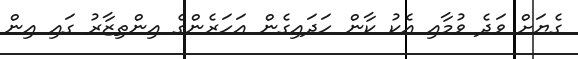
ގެޔަށް ވަދެ ވުމާއި އެކު ކާން ހަދައިގެން އަހަރެންގެ އިންތިޒާރު ގައި އިން